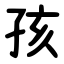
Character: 孩